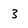
Character: 3